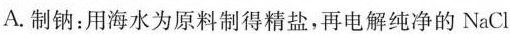
A.制钠：用海水为原料制得精盐，再电解纯净的NaCl